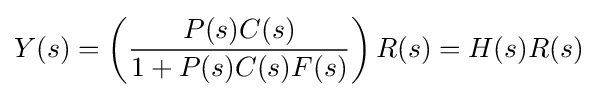
Y(s)=\left({\frac {P(s)C(s)}{1+P(s)C(s)F(s)}}\right)R(s)=H(s)R(s)